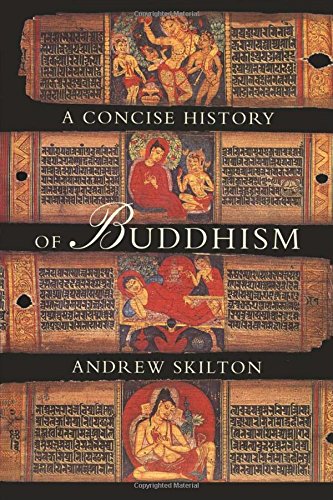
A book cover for A Concise History of Buddhism; Andrew Skilton (Sthiramati); Religion & Spirituality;